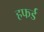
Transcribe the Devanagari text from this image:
हफर्ड